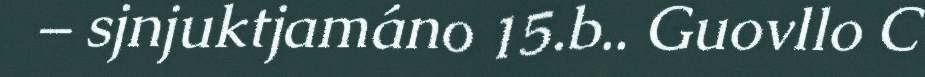
– sjnjuktjamáno 15.b.. Guovllo C